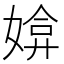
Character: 媕